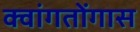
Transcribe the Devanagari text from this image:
क्वांगतोंगास